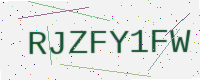
Text: RJZFY1FW